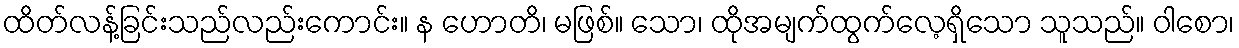
ထိတ်လန့်ခြင်းသည်လည်းကောင်း။ န ဟောတိ၊ မဖြစ်။ သော၊ ထိုအမျက်ထွက်လေ့ရှိသော သူသည်။ ဝါစော၊